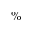
\%